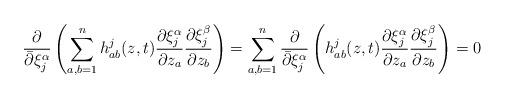
LaTeX: \begin{align*}\frac{\partial}{\bar{\partial} \xi_j^{\alpha}}\left( \sum_{a,b=1}^n h_{ab}^j(z,t)\frac{\partial \xi_j^{\alpha}}{\partial z_a}\frac{\partial \xi_j^{\beta}}{\partial z_b}\right)=\sum_{a,b=1}^n \frac{\partial}{\bar{\partial}\xi_j^{\alpha}}\left(h_{ab}^j(z,t)\frac{\partial \xi_j^{\alpha}}{\partial z_a}\frac{\partial \xi_j^{\beta}}{\partial z_b} \right)=0\end{align*}